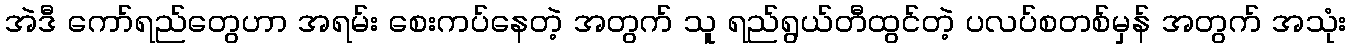
အဲဒီ ကော်ရည်တွေဟာ အရမ်း စေးကပ်နေတဲ့ အတွက် သူ ရည်ရွယ်တီထွင်တဲ့ ပလပ်စတစ်မှန် အတွက် အသုံး